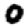
Digit: 0